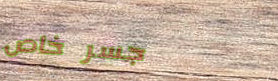
جسر خاص